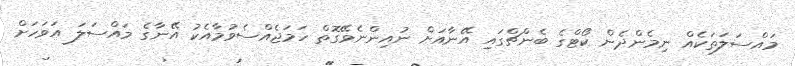
މައްސަލަތަކެއް ނިމެންދެން ކޯޓްގެ ބެންޗްގައި އޭނާއަށް ނުއިންނެވޭގޮތް ހަމަޖެއްސެވުމާއެކު އޭނާގެ މައްސަލަ އަވަހަށް